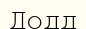
Додд